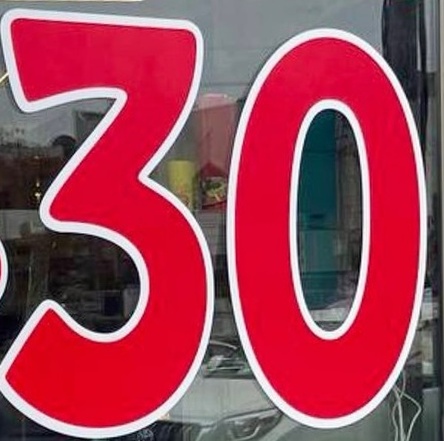
30